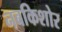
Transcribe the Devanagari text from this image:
नबकिशोर